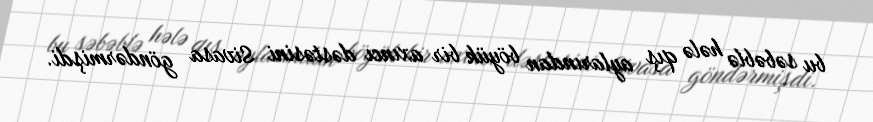
bu səbəblə hələ qış aylarından böyük bir axıncı dəstəsini Sivasa göndərmişdi.